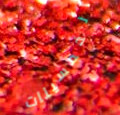
الخمسينات